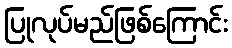
ပြုလုပ်မည်ဖြစ်ကြောင်း